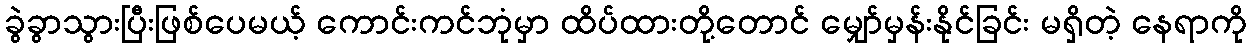
ခွဲခွာသွားပြီးဖြစ်ပေမယ့် ကောင်းကင်ဘုံမှာ ထိပ်ထားတို့တောင် မျှော်မှန်းနိုင်ခြင်း မရှိတဲ့ နေရာကို